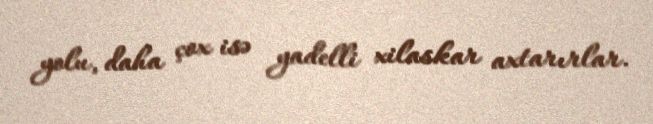
yolu, daha çox isə yadelli xilaskar axtarırlar.